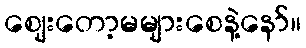
ဈေးတော့မများစေနဲ့နော်။